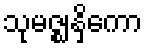
သုမဇ္ဈနှိကော